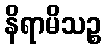
နိရာမိသဉ္စ